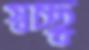
স্বচ্ছ্ব